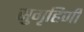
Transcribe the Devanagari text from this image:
सुगृहिणी